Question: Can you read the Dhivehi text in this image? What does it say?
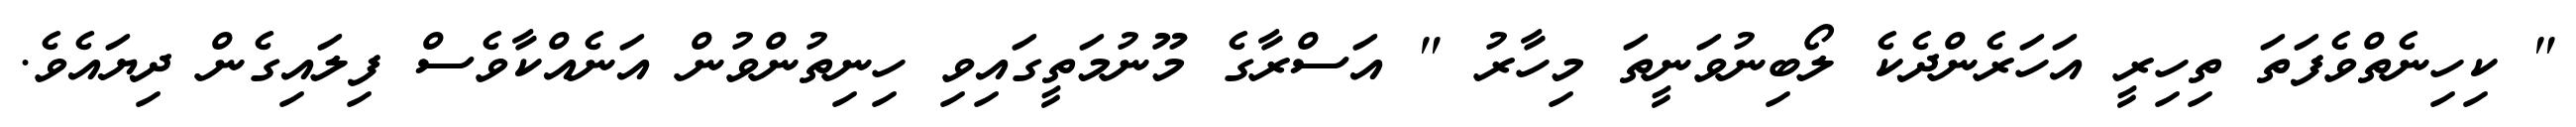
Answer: " ކިހިނެތްވެފަތަ ތިހިރީ އަހަރެންދެކެ ލޯބިނުވަނީތަ މިހާރު " އަސްރާގެ މޫނުމަތީގައިވި ހިނިތުންވުން އަނެއްކާވެސް ފިލައިގެން ދިޔައެވެ.